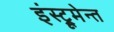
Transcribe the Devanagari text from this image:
इंस्ट्रूमेन्त